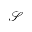
\mathcal { S }